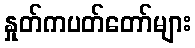
နှုတ်ကပတ်တော်များ